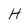
Character: H